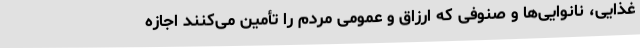
غذایی، نانوایی‌ها و صنوفی که ارزاق و عمومی مردم را تأمین می‌کنند اجازه